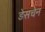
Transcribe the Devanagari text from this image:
डेसचेन